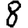
Digit: 8